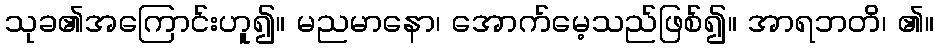
သုခ၏အကြောင်းဟူ၍။ မညမာနော၊ အောက်မေ့သည်ဖြစ်၍။ အာရဘတိ၊ ၏။